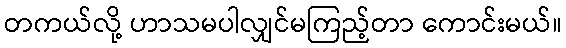
တကယ်လို့ ဟာသမပါလျှင်မကြည့်တာ ကောင်းမယ်။